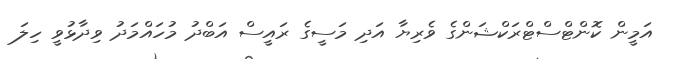
އަމީން ކޮންޓްސްޓްރަކްޝަންގެ ވެރިޔާ އަދި މަސީގެ ރައީސް އަބްދު މުހައްމަދު ވިދާޅުވީ ހިލަ